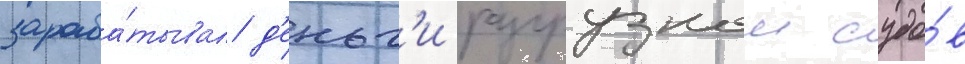
зараба́тывал д'еньг'и разгрузкои судо́в